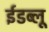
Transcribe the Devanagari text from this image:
ईडब्लू